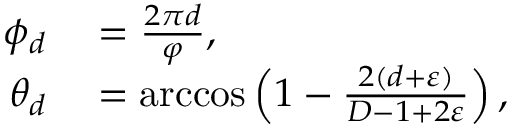
\begin{array} { r l } { \phi _ { d } } & { { } = \frac { 2 \pi d } { \varphi } , } \\ { \theta _ { d } } & { { } = \operatorname { a r c c o s } \left( 1 - \frac { 2 ( d + \varepsilon ) } { D - 1 + 2 \varepsilon } \right) , } \end{array}